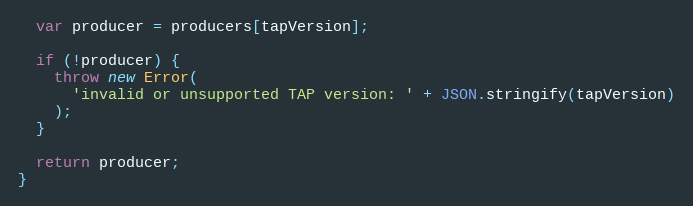
Language: JavaScript
  var producer = producers[tapVersion];

  if (!producer) {
    throw new Error(
      'invalid or unsupported TAP version: ' + JSON.stringify(tapVersion)
    );
  }

  return producer;
}